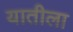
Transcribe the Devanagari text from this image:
यातीला